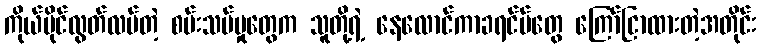
ကိုယ်ပိုင်လွတ်လပ်တဲ့ စမ်းသပ်မှုတွေက သူတို့ရဲ့ နေလောင်ကာခရင်မ်တွေ ကြော်ငြာထားတဲ့အတိုင်း